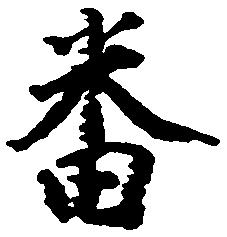
番